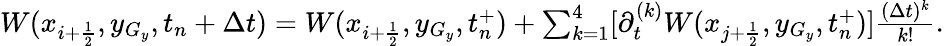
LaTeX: \begin{array}{r}{W(x_{i+\frac{1}{2}},y_{G_{y}},t_{n}+\Delta t)=W(x_{i+\frac{1}{2}},y_{G_{y}},t_{n}^{+})+\sum_{k=1}^{4}[\partial_{t}^{(k)}W(x_{j+\frac{1}{2}},y_{G_{y}},t_{n}^{+})]\frac{(\Delta t)^{k}}{k!}.}\end{array}